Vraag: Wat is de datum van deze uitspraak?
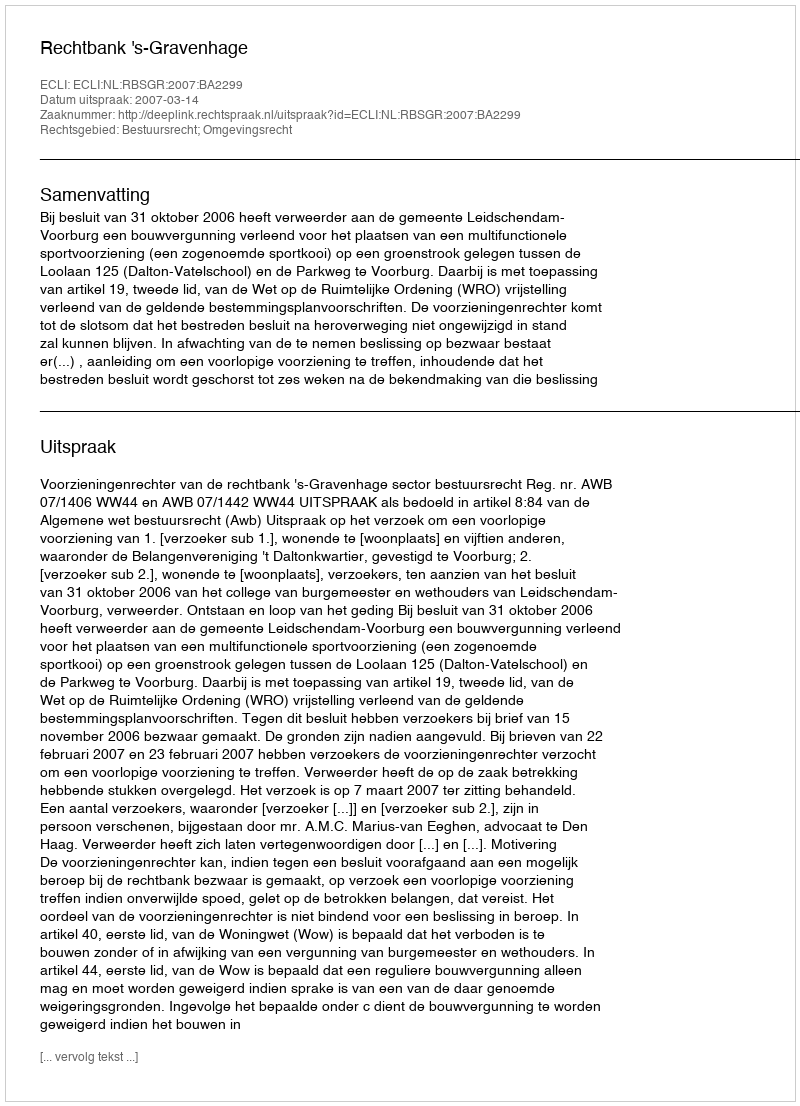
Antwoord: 2007-03-14